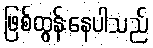
ဖြစ်ထွန်းနေပါသည်